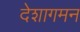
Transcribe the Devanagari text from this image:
देशागमन